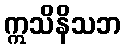
ဣသိနိသဘ